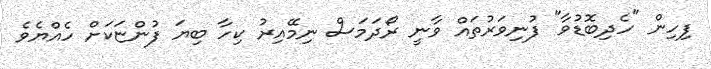
ފިހިން "ހެދިބޮޑުވާ" ފުނިވަރުތައް ވާނީ ރޯދަމަސް ނިމޭއިރު ކިހާ ބިޔަ ފުންޏަކަށް ހެއްޔެވެ